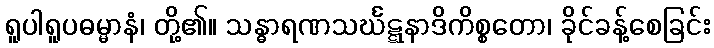
ရူပါရူပဓမ္မာနံ၊ တို့၏။ သန္ဓာရဏသင်္ဃဋ္ဋနာဒိကိစ္စတော၊ ခိုင်ခန့်စေခြင်း